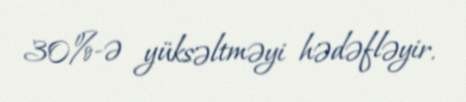
30%-ə yüksəltməyi hədəfləyir.